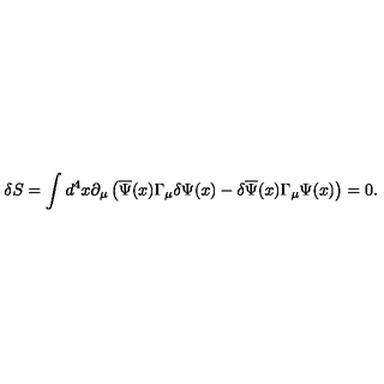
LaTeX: \delta S = \int d ^ { 4 } x \partial _ { \mu } \left( \overline { { \Psi } } ( x ) \Gamma _ { \mu } \delta \Psi ( x ) - \delta \overline { { \Psi } } ( x ) \Gamma _ { \mu } \Psi ( x ) \right) = 0 .